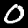
Label: 0